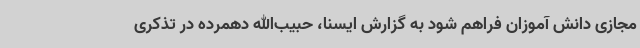
مجازی دانش آموزان فراهم شود به گزارش ایسنا، حبیب‌الله دهمرده در تذکری